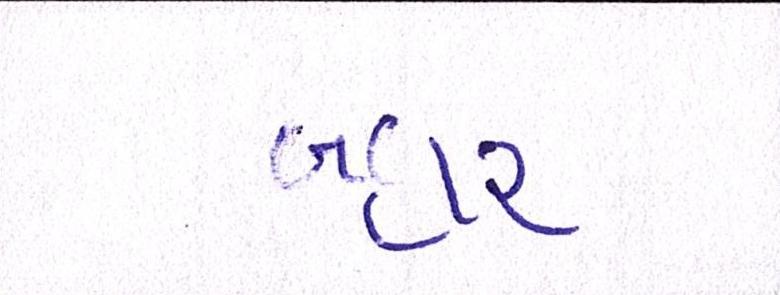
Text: બહાર